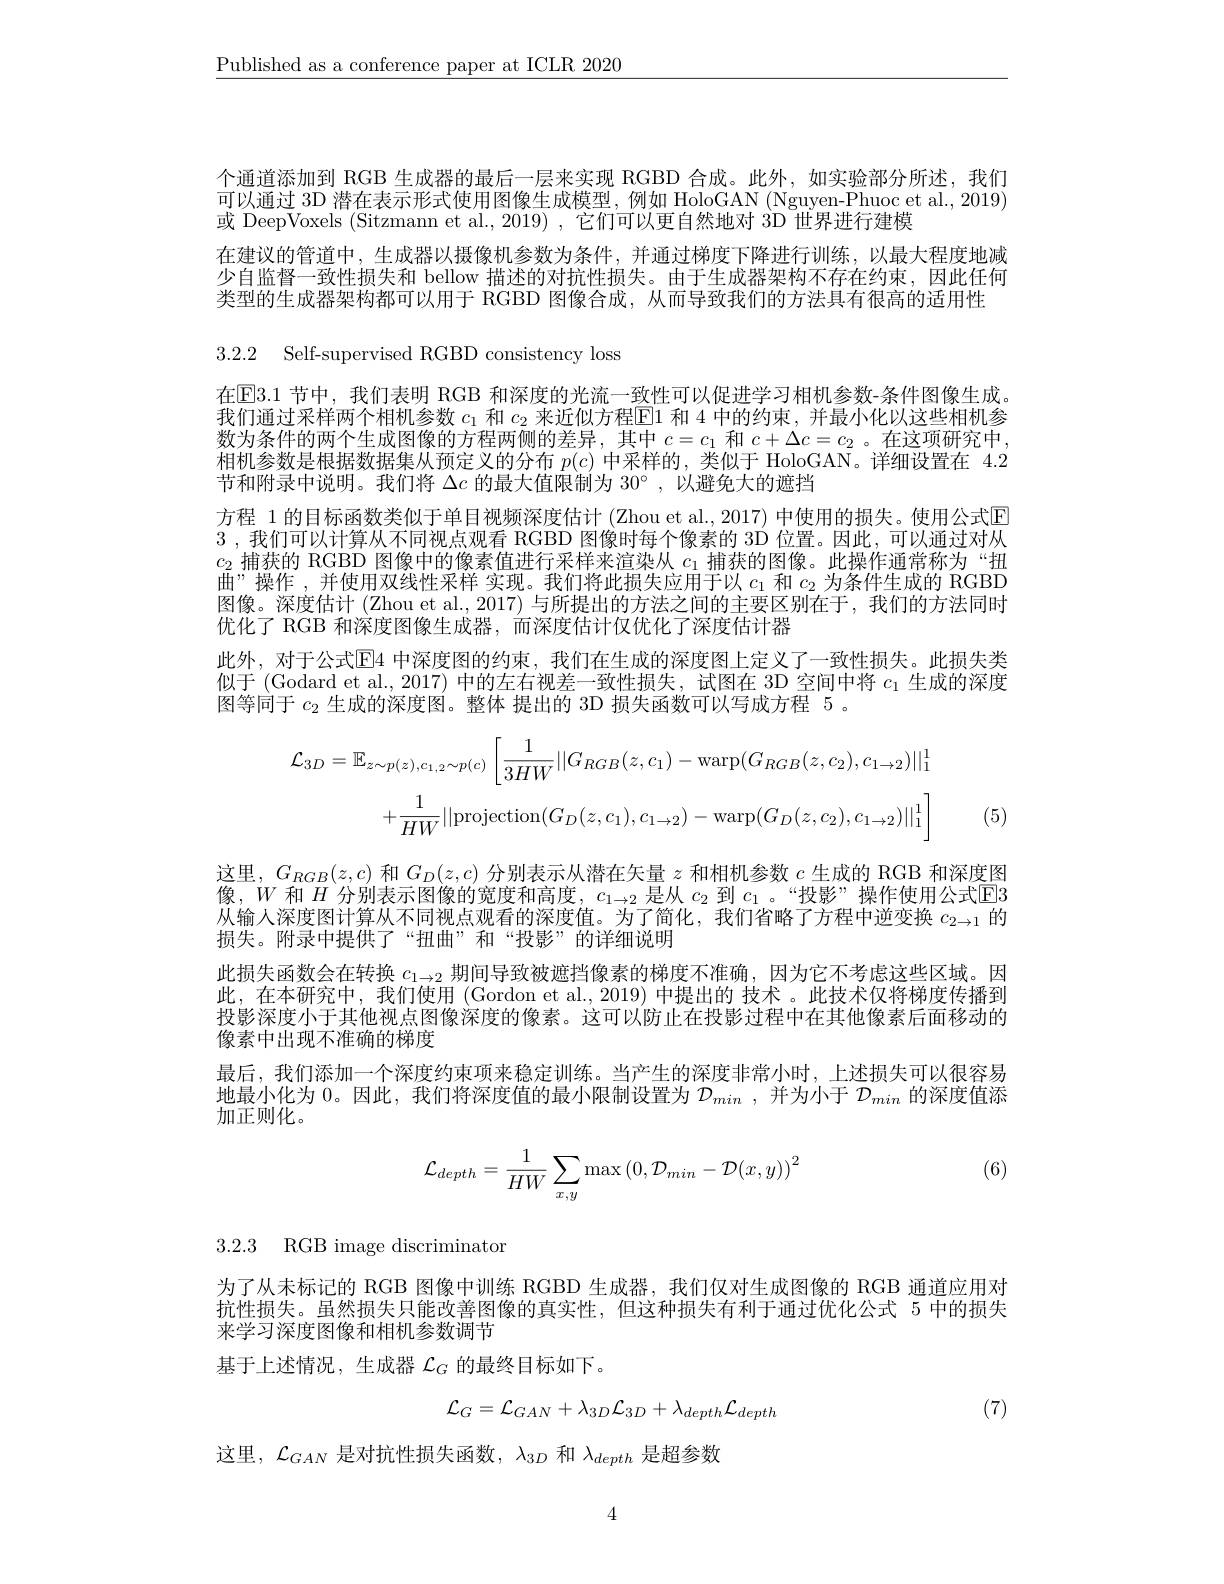
$\underline{\text{Published as a conference paper at ICLR 2020}}$

个通道添加到 RGB 生成器的最后一层来实现 RGBD 合成。此外，如实验部分所述，我们

可以通过 3D 潜在表示形式使用图像生成模型，例如 HoloGAN (Nguyen-Phuoc et al., 2019)

或 DeepVoxels (Sitzmann et al.,2019) , 它们可以更自然地对 3D 世界进行建模

在建议的管道中，生成器以摄像机参数为条件，并通过梯度下降进行训练，以最大程度地减

少自监督一致性损失和 bellow 描述的对抗性损失。由于生成器架构不存在约束，因此任何

3.2.2 Self-supervised RGBD consistency loss

在$\overline{\mathrm{E}}3.1$ 节中，我们表明 RGB 和深度的光流一致性可以促进学习相机参数-条件图像生成我们通过采样两个相机参数$c_1$和$c_2$来近似方程$\boxed{\text{E}1\text{ 和 4 中的约束，并最小化以这些相机参}}$ 数为条件的两个生成图像的方程两侧的差异，其中$c=c_1$和$c+\Delta c=c_2$ 。在这项研究中， 相机参数是根据数据集从预定义的分布$p(c)$中采样的，类似于 HoloGAN。详细设置在 4.2节和附录中说明。我们将$\Delta c$的最大值限制为$30^\circ$,以避免大的遮挡
方程 1 的目标函数类似于单目视频深度估计 (Zhou et al., 2017) 中使用的损失。使用公式回3 ,我们可以计算从不同视点观看 RGBD 图像时每个像素的 3D 位置。因此，可以通过对从$c_2$捕获的 RGBD 图像中的像素值进行采样来渲染从$c_1$捕获的图像。此操作通常称为“扭曲”操作 , 并使用双线性采样 实现。我们将此损失应用于以$c_1$和$c_2$为条件生成的 RGBD 图像。深度估计 (Zhou et al., 2017) 与所提出的方法之间的主要区别在于，我们的方法同时优化了 RGB 和深度图像生成器，而深度估计仅优化了深度估计器
此外，对于公式$\overline{\mathrm{E}}$4 中深度图的约束，我们在生成的深度图上定义了一致性损失。此损失类似于 (Godard et al., 2017) 中的左右视差一致性损失，试图在 3D 空间中将$c_1$生成的深度图等同于$c_2$生成的深度图。整体 提出的 3D 损失函数可以写成方程 5 。
$$\begin{aligned}\mathcal{L}_{3D}&=\mathbb{E}_{z\sim p(z),c_{1,2}\sim p(c)}\left[\frac{1}{3HW}||G_{RGB}(z,c_{1})-\mathrm{warp}(G_{RGB}(z,c_{2}),c_{1\to2})||_{1}^{1}\right]\\&+\frac{1}{HW}||\mathrm{projection}(G_{D}(z,c_{1}),c_{1\to2})-\mathrm{warp}(G_{D}(z,c_{2}),c_{1\to2})||_{1}^{1}\end{aligned}$$
类型的生成器架构都可以用于 RGBD 图像合成，从而导致我们的方法具有很高的适用性
(5)
这里，$G_{RGB}(z,c)$和$G_D(z,c)$分别表示从潜在矢量$z$和相机参数$c$生成的 RGB 和深度图像，$W$和$H$分别表示图像的宽度和高度，$c_1\to2$是从$c_2$到$c_1$。“投影”操作使用公式E3从输人深度图计算从不同视点观看的深度值。为了简化，我们省略了方程中逆变换$c_{2\to1}$的损失。附录中提供了“扭曲”和“投影”的详细说明
此损失函数会在转换$c_{1\to2}$期间导致被遮挡像素的梯度不准确，因为它不考虑这些区域。因此，在本研究中，我们使用 (Gordon et al.,2019) 中提出的 技术。此技术仅将梯度传播到投影深度小于其他视点图像深度的像素。这可以防止在投影过程中在其他像素后面移动的像素中出现不准确的梯度
最后，我们添加一个深度约束项来稳定训练。当产生的深度非常小时，上述损失可以很容易地最小化为0。因此，我们将深度值的最小限制设置为$\mathcal{D} _min$ , 并为小于$\mathcal{D}_min$的深度值添加正则化。
$$\mathcal{L}_{depth}=\frac{1}{HW}\sum_{x,y}\max\left(0,\mathcal{D}_{min}-\mathcal{D}(x,y)\right)^{2}$$
(6)

3.2.3 RGB image discriminator

为了从未标记的 RGB 图像中训练 RGBD 生成器，我们仅对生成图像的 RGB 通道应用对抗性损失。虽然损失只能改善图像的真实性，但这种损失有利于通过优化公式 5 中的损失来学习深度图像和相机参数调节
基于上述情况，生成器$\mathcal{L}_G$的最终目标如下。

(7)
$$\mathcal{L}_{G}=\mathcal{L}_{GAN}+\lambda_{3D}\mathcal{L}_{3D}+\lambda_{depth}\mathcal{L}_{depth}$$
这里，$\mathcal{L}_GAN$是对抗性损失函数，$\lambda_3D$和$\lambda_depth$是超参数

4